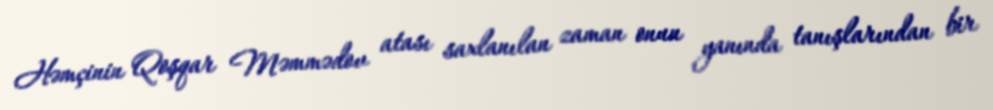
Həmçinin Qoşqar Məmmədov atası saxlanılan zaman onun yanında tanışlarından bir